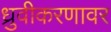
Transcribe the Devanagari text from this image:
ध्रुवीकरणावर